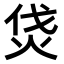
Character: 𤇰